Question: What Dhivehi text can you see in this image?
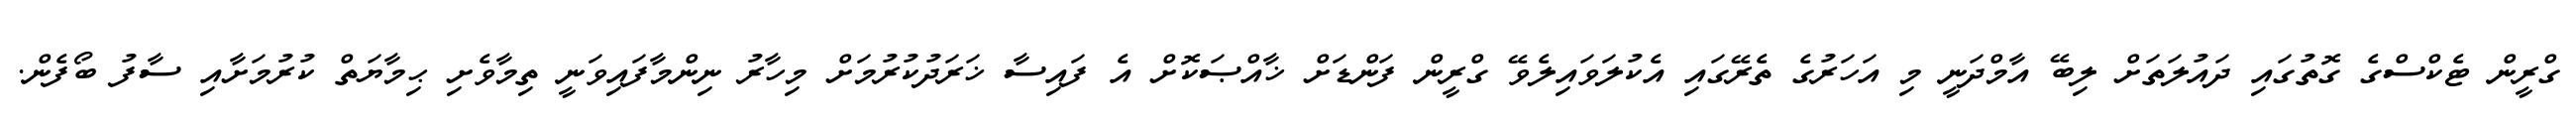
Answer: ގްރީން ޓެކްސްގެ ގޮތުގައި ދައުލަތަށް ލިބޭ އާމްދަނީ މި އަހަރުގެ ތެރޭގައި އެކުލަވައިލެވޭ ގްރީން ފަންޑަށް ޚާއްޞަކޮށް އެ ފައިސާ ޚަރަދުކުރުމަށް މިހާރު ނިންމާފައިވަނީ ތިމާވެށި ޙިމާޔަތް ކުރުމަށާއި ސާފު ބޯފެން.